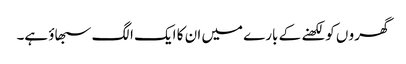
گھرو ں کو لکھنے کے بارے میں ان کا ایک الگ سبھاؤ ہے۔